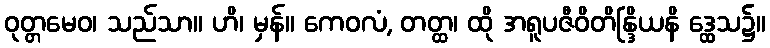
ဝုတ္တမေဝ၊ သည်သာ။ ဟိ၊ မှန်။ ကေဝလံ, တတ္ထ၊ ထို အရူပဇီဝိတိန္ဒြိယနိ ဒ္ထေသ၌။